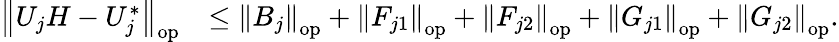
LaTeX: \begin{array}{rl}{\left\| {U_{j}H-U_{j}^{*}}\right\| _{\mathrm{op}}}&{\leq\left\| {B_{j}}\right\| _{\mathrm{op}}+\left\| {F_{j1}}\right\| _{\mathrm{op}}+\left\| {F_{j2}}\right\| _{\mathrm{op}}+\left\| {G_{j1}}\right\| _{\mathrm{op}}+\left\| {G_{j2}}\right\| _{\mathrm{op}}.}\end{array}